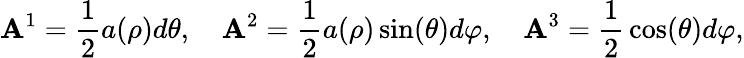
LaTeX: \mathbf{A}^{1}={\frac{{1}}{{2}}}a(\rho)d\theta,\quad\mathbf{A}^{2}={\frac{{1}}{{2}}}a(\rho)\sin(\theta)d\varphi,\quad\mathbf{A}^{3}={\frac{{1}}{{2}}}\cos(\theta)d\varphi,